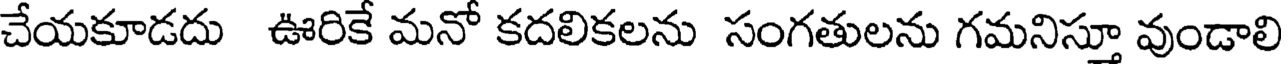
చేయకూడదు ఊరికే మనో కదలికలను సంగతులను గమనిస్తూ వుండాలి